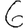
Digit: 6